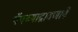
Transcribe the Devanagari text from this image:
पॅपच्याद्रावणाने